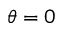
\theta = 0